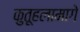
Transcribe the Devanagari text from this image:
कुतूहलामागे